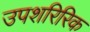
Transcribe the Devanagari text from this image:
उपशरिरिक